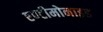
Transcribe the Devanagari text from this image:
एण्टीमोनाइड